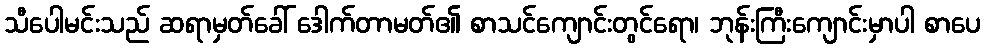
သီပေါမင်းသည် ဆရာမှတ်ခေါ် ဒေါက်တာမတ်၏ စာသင်ကျောင်းတွင်ရော၊ ဘုန်းကြီးကျောင်းမှာပါ စာပေ